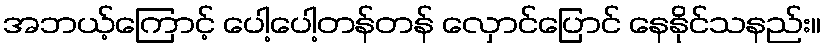
အဘယ့်ကြောင့် ပေါ့ပေါ့တန်တန် လှောင်ပြောင် နေနိုင်သနည်း။